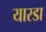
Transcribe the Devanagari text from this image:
यारडा